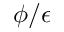
\phi / \epsilon